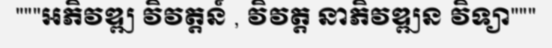
"""អភិវឌ្ឍ វិវត្តន៍ , វិវត្ត នាភិវឌ្ឍន វិទ្យា"""